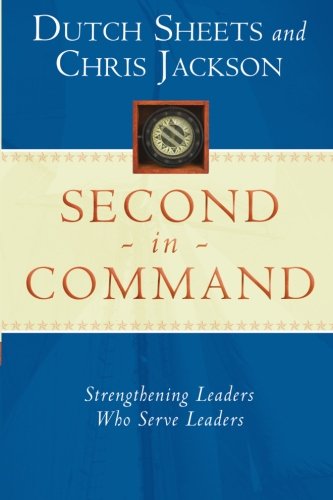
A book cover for Second in Command; Dutch Sheets; Christian Books & Bibles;